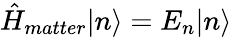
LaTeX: \hat{H}_{matter}|n\rangle=E_{n}|n\rangle